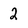
Character: 2